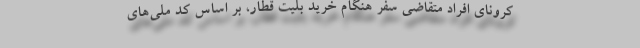
کرونای افراد متقاضی سفر هنگام خرید بلیت قطار، بر اساس کد ملی‌های